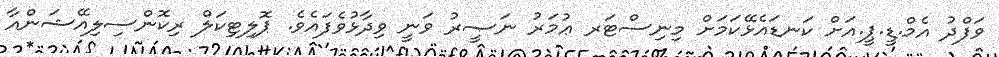
ވަފްދު އެމް.ޑީ.ޕީ.އަށް ކަނޑައެޅޭކަމަށް މިނިސްޓަރ ޢުމަރު ނަޞީރު ވަނީ ވިދާޅުވެފައެވެ. ޕޮލިޓިކަލް ރިކޮންސިލިއޭޝަންއާ